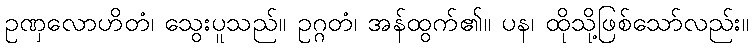
ဥဏှလောဟိတံ၊ သွေးပူသည်။ ဥဂ္ဂတံ၊ အန်ထွက်၏။ ပန၊ ထိုသို့ဖြစ်သော်လည်း။